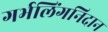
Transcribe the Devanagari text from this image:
गर्भलिंगनिदान